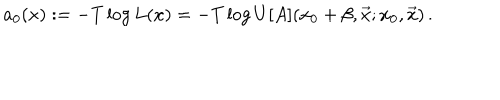
a _ { 0 } ( x ) : = - T \log L ( x ) = - T \log U [ A ] ( x _ { 0 } + \beta , \vec { x } ; x _ { 0 } , \vec { x } ) \, .